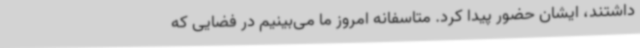
داشتند، ایشان حضور پیدا کرد. متاسفانه امروز ما می‌بینیم در فضایی که